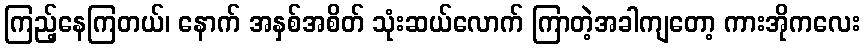
ကြည့်နေကြတယ်၊ နောက် အနှစ်အစိတ် သုံးဆယ်လောက် ကြာတဲ့အခါကျတော့ ကားအိုကလေး